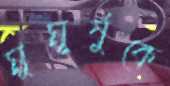
মুমূর্ষুকে